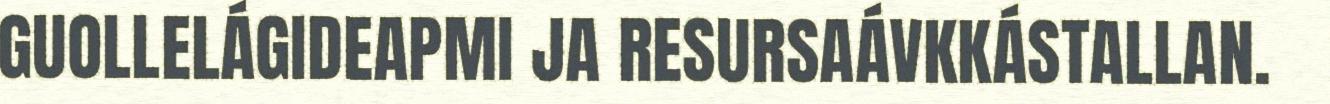
GUOLLELÁGIDEAPMI JA RESURSAÁVKKÁSTALLAN.